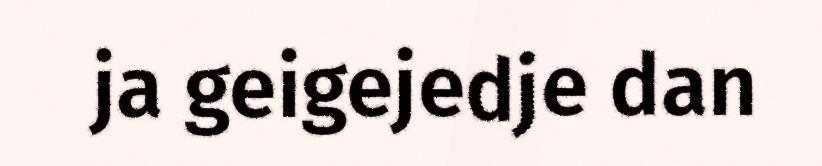
ja geigejedje dan